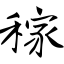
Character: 稼